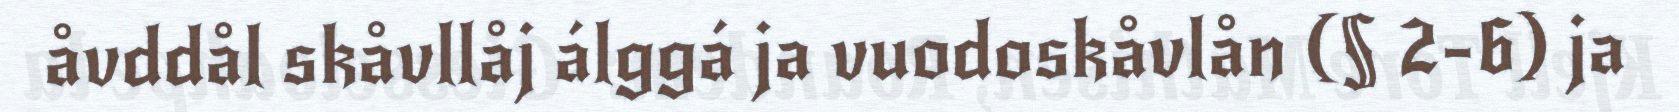
åvddål skåvllåj álggá ja vuodoskåvlån (§ 2-6) ja